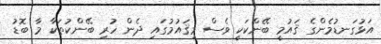
އަޅުގަނޑުމެންގެ ޤައުމީ ބޭންކަކީ ވެސް މިޤައުމުގައި ދެން ހުރި ބޭންކުތަކާ މާ ބޮޑު